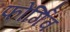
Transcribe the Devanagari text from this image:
फोर्गिव